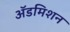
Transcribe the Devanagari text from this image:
अॅडमिशन